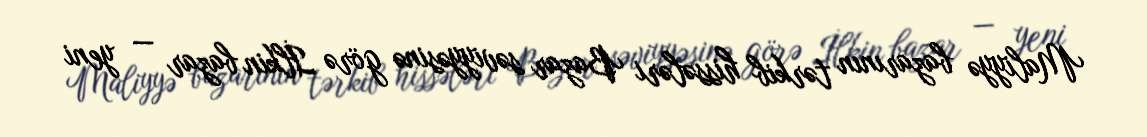
Maliyyə bazarının tərkib hissələri Bazar səviyyəsinə görə İlkin bazar — yeni